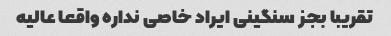
تقریبا بجز سنگینی ایراد خاصی نداره واقعا عالیه